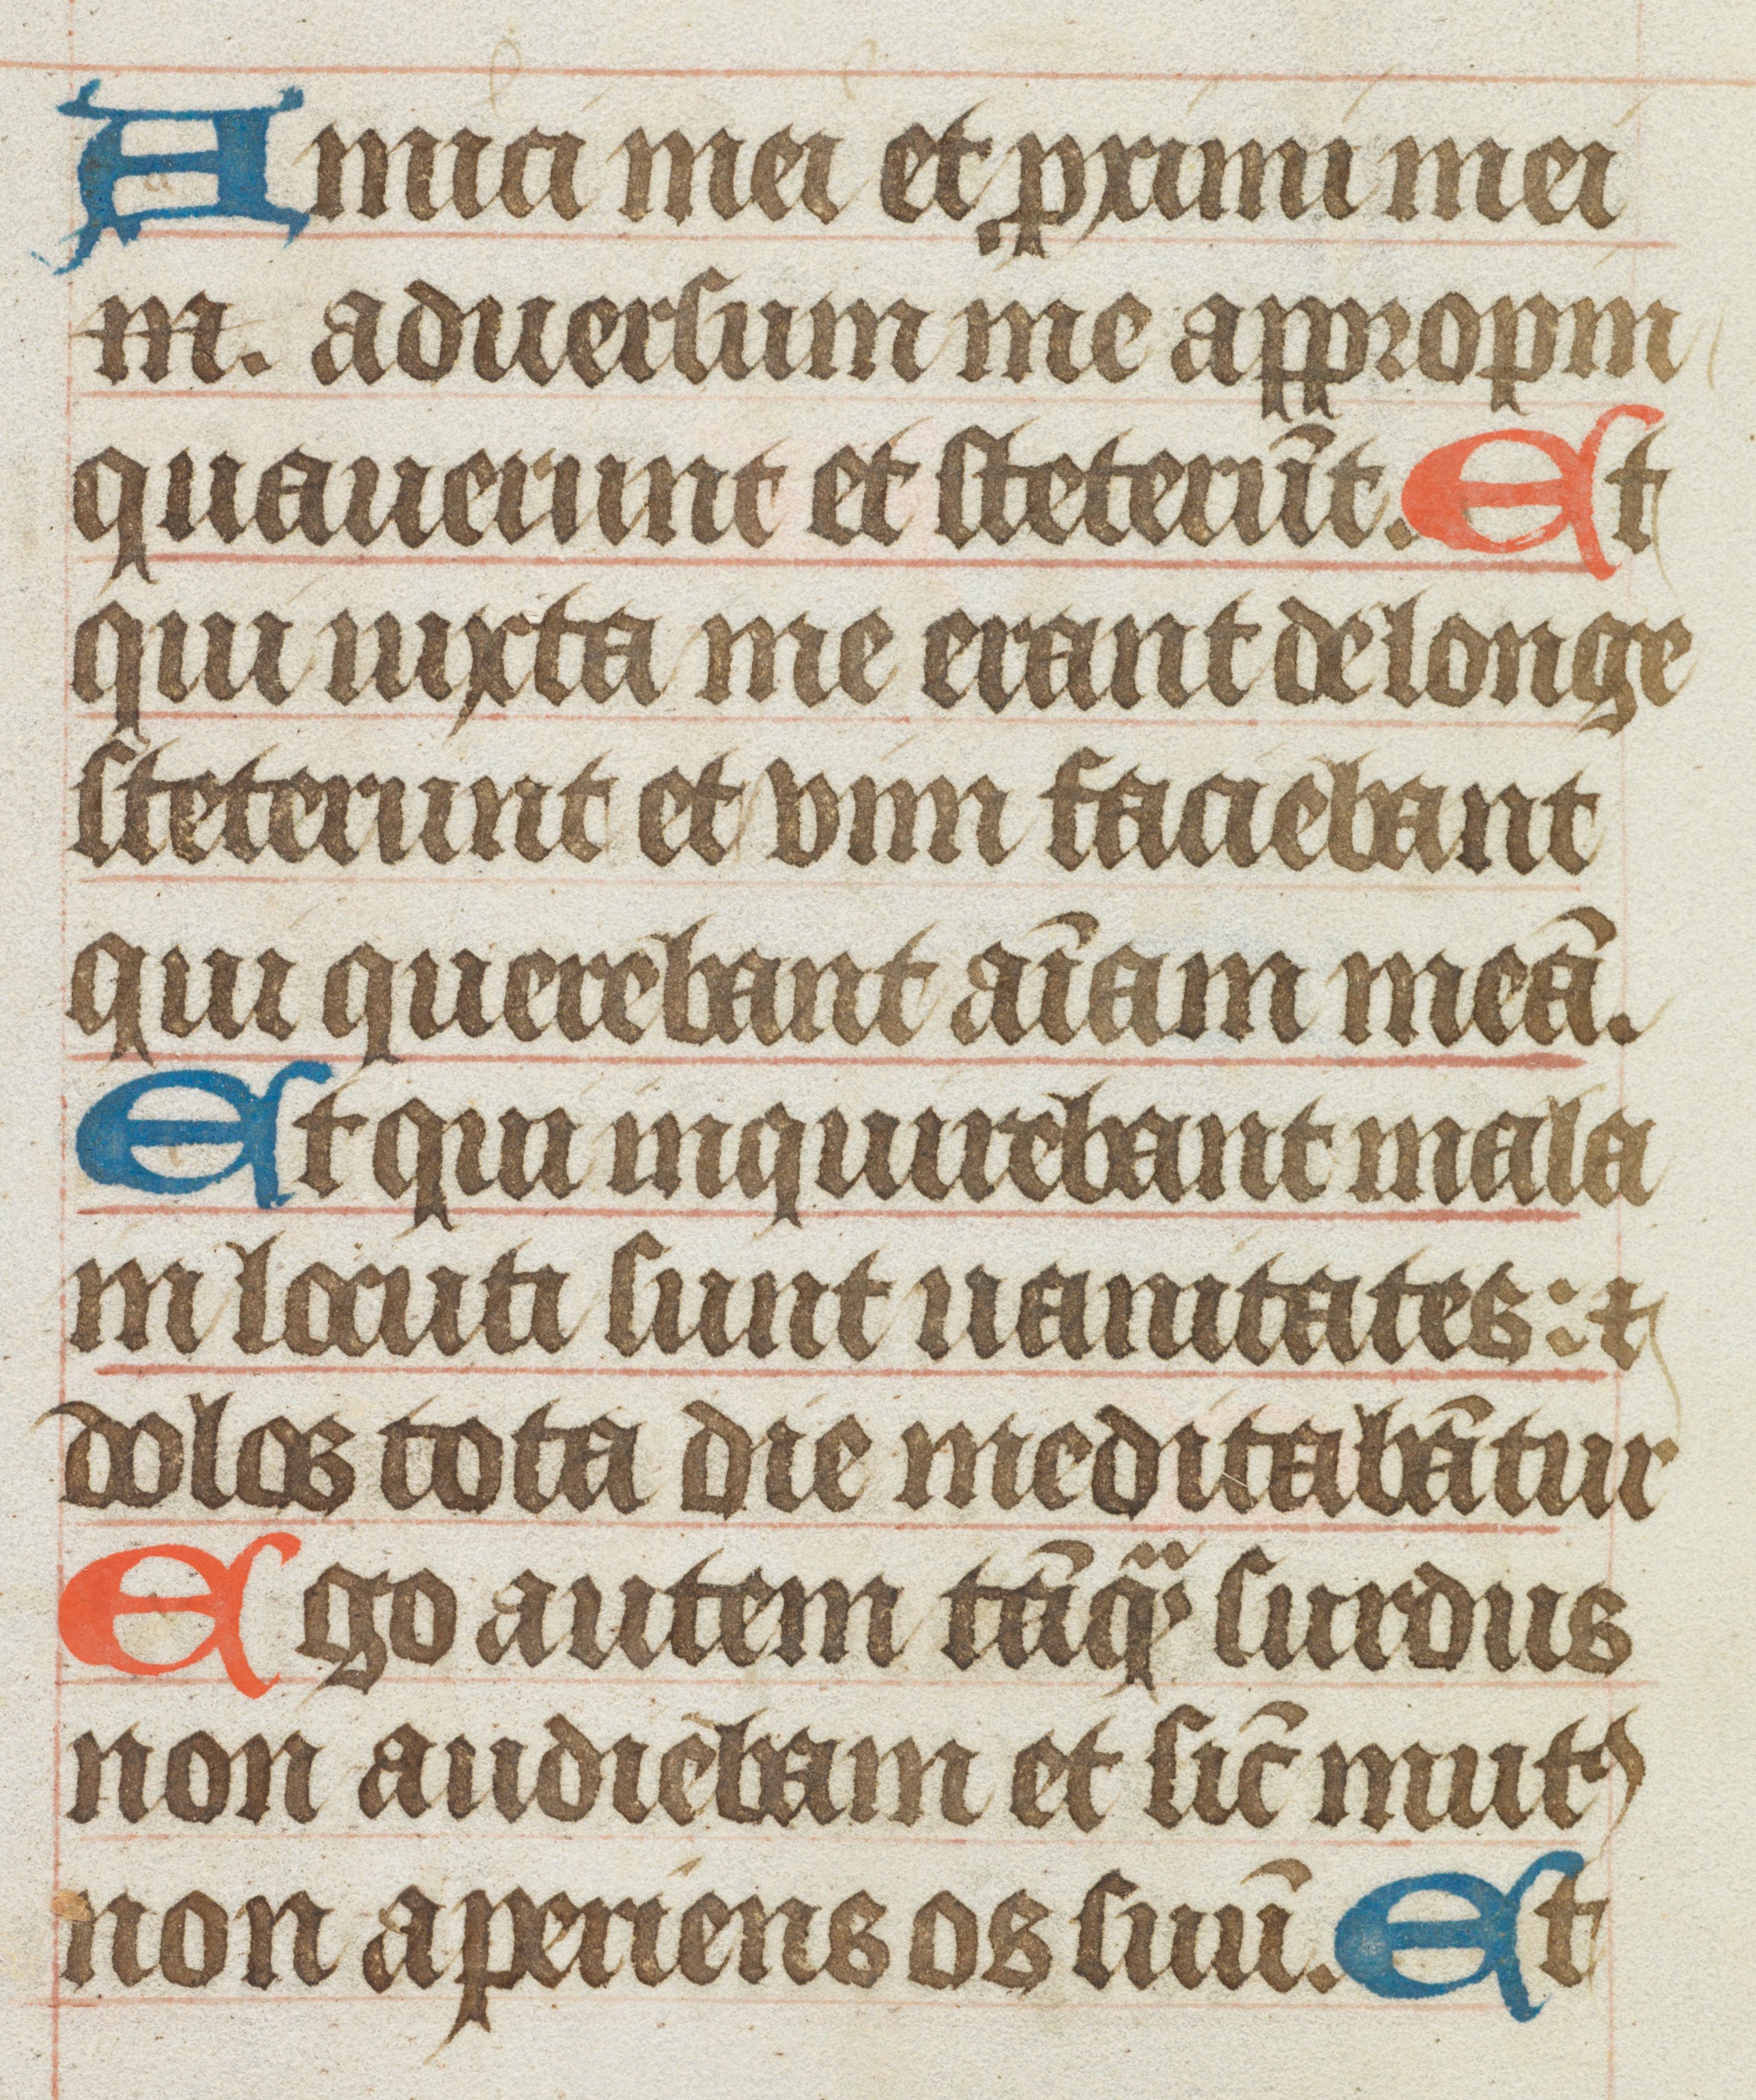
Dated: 1400–1415